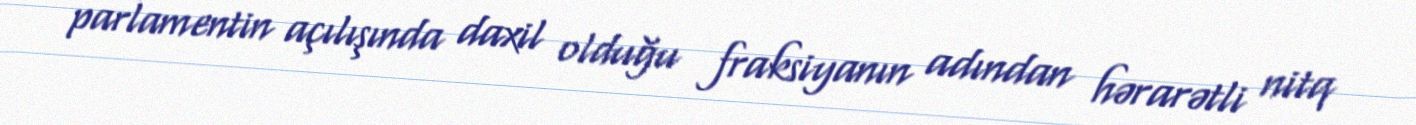
parlamentin açılışında daxil olduğu fraksiyanın adından hərarətli nitq